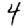
Digit: 4